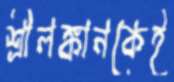
শ্রীলঙ্কানকেই